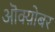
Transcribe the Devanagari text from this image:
ऒक्य़ोबर